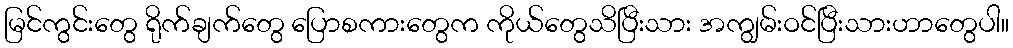
မြင်ကွင်းတွေ ရိုက်ချက်တွေ ပြောစကားတွေက ကိုယ်တွေသိပြီးသား အကျွမ်းဝင်ပြီးသားဟာတွေပါ။